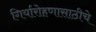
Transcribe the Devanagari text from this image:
गिर्यारोहणासाठीचे